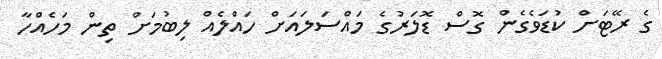
ގެ ރޭޓަށް ކުޑަވެގެން ގޮސް ޑޮލަރުގެ މައްސަލައަށް ހައްލެއް ލިބުމަށް ތިން މަހެއްހާ